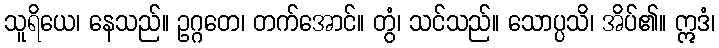
သူရိယေ၊ နေသည်။ ဥဂ္ဂတေ၊ တက်အောင်။ တွံ၊ သင်သည်။ သောပ္ပသိ၊ အိပ်၏။ ဣဒံ၊